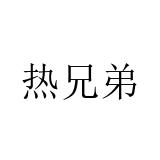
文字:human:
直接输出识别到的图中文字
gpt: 热兄弟